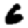
Digit: 6